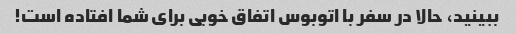
ببینید، حالا در سفر با اتوبوس اتفاق خوبی برای شما افتاده است!